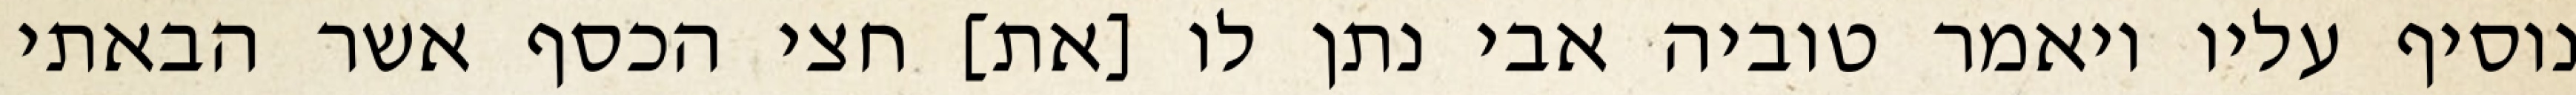
נוסיף עליו ויאמר טוביה אבי נתן לו [את] חצי הכסף אשר הבאתי